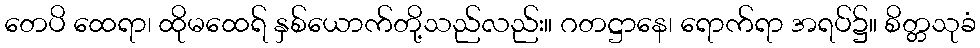
တေပိ ထေရာ၊ ထိုမထေရ် နှစ်ယောက်တို့သည်လည်း။ ဂတဋ္ဌာနေ၊ ရောက်ရာ အရပ်၌။ စိတ္တသုခံ